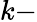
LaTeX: k-